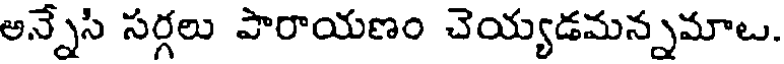
అన్నేసి సర్గలు పారాయణం చెయ్యడమన్నమాట.